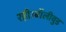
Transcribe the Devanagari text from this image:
रही।बॉलीवुड